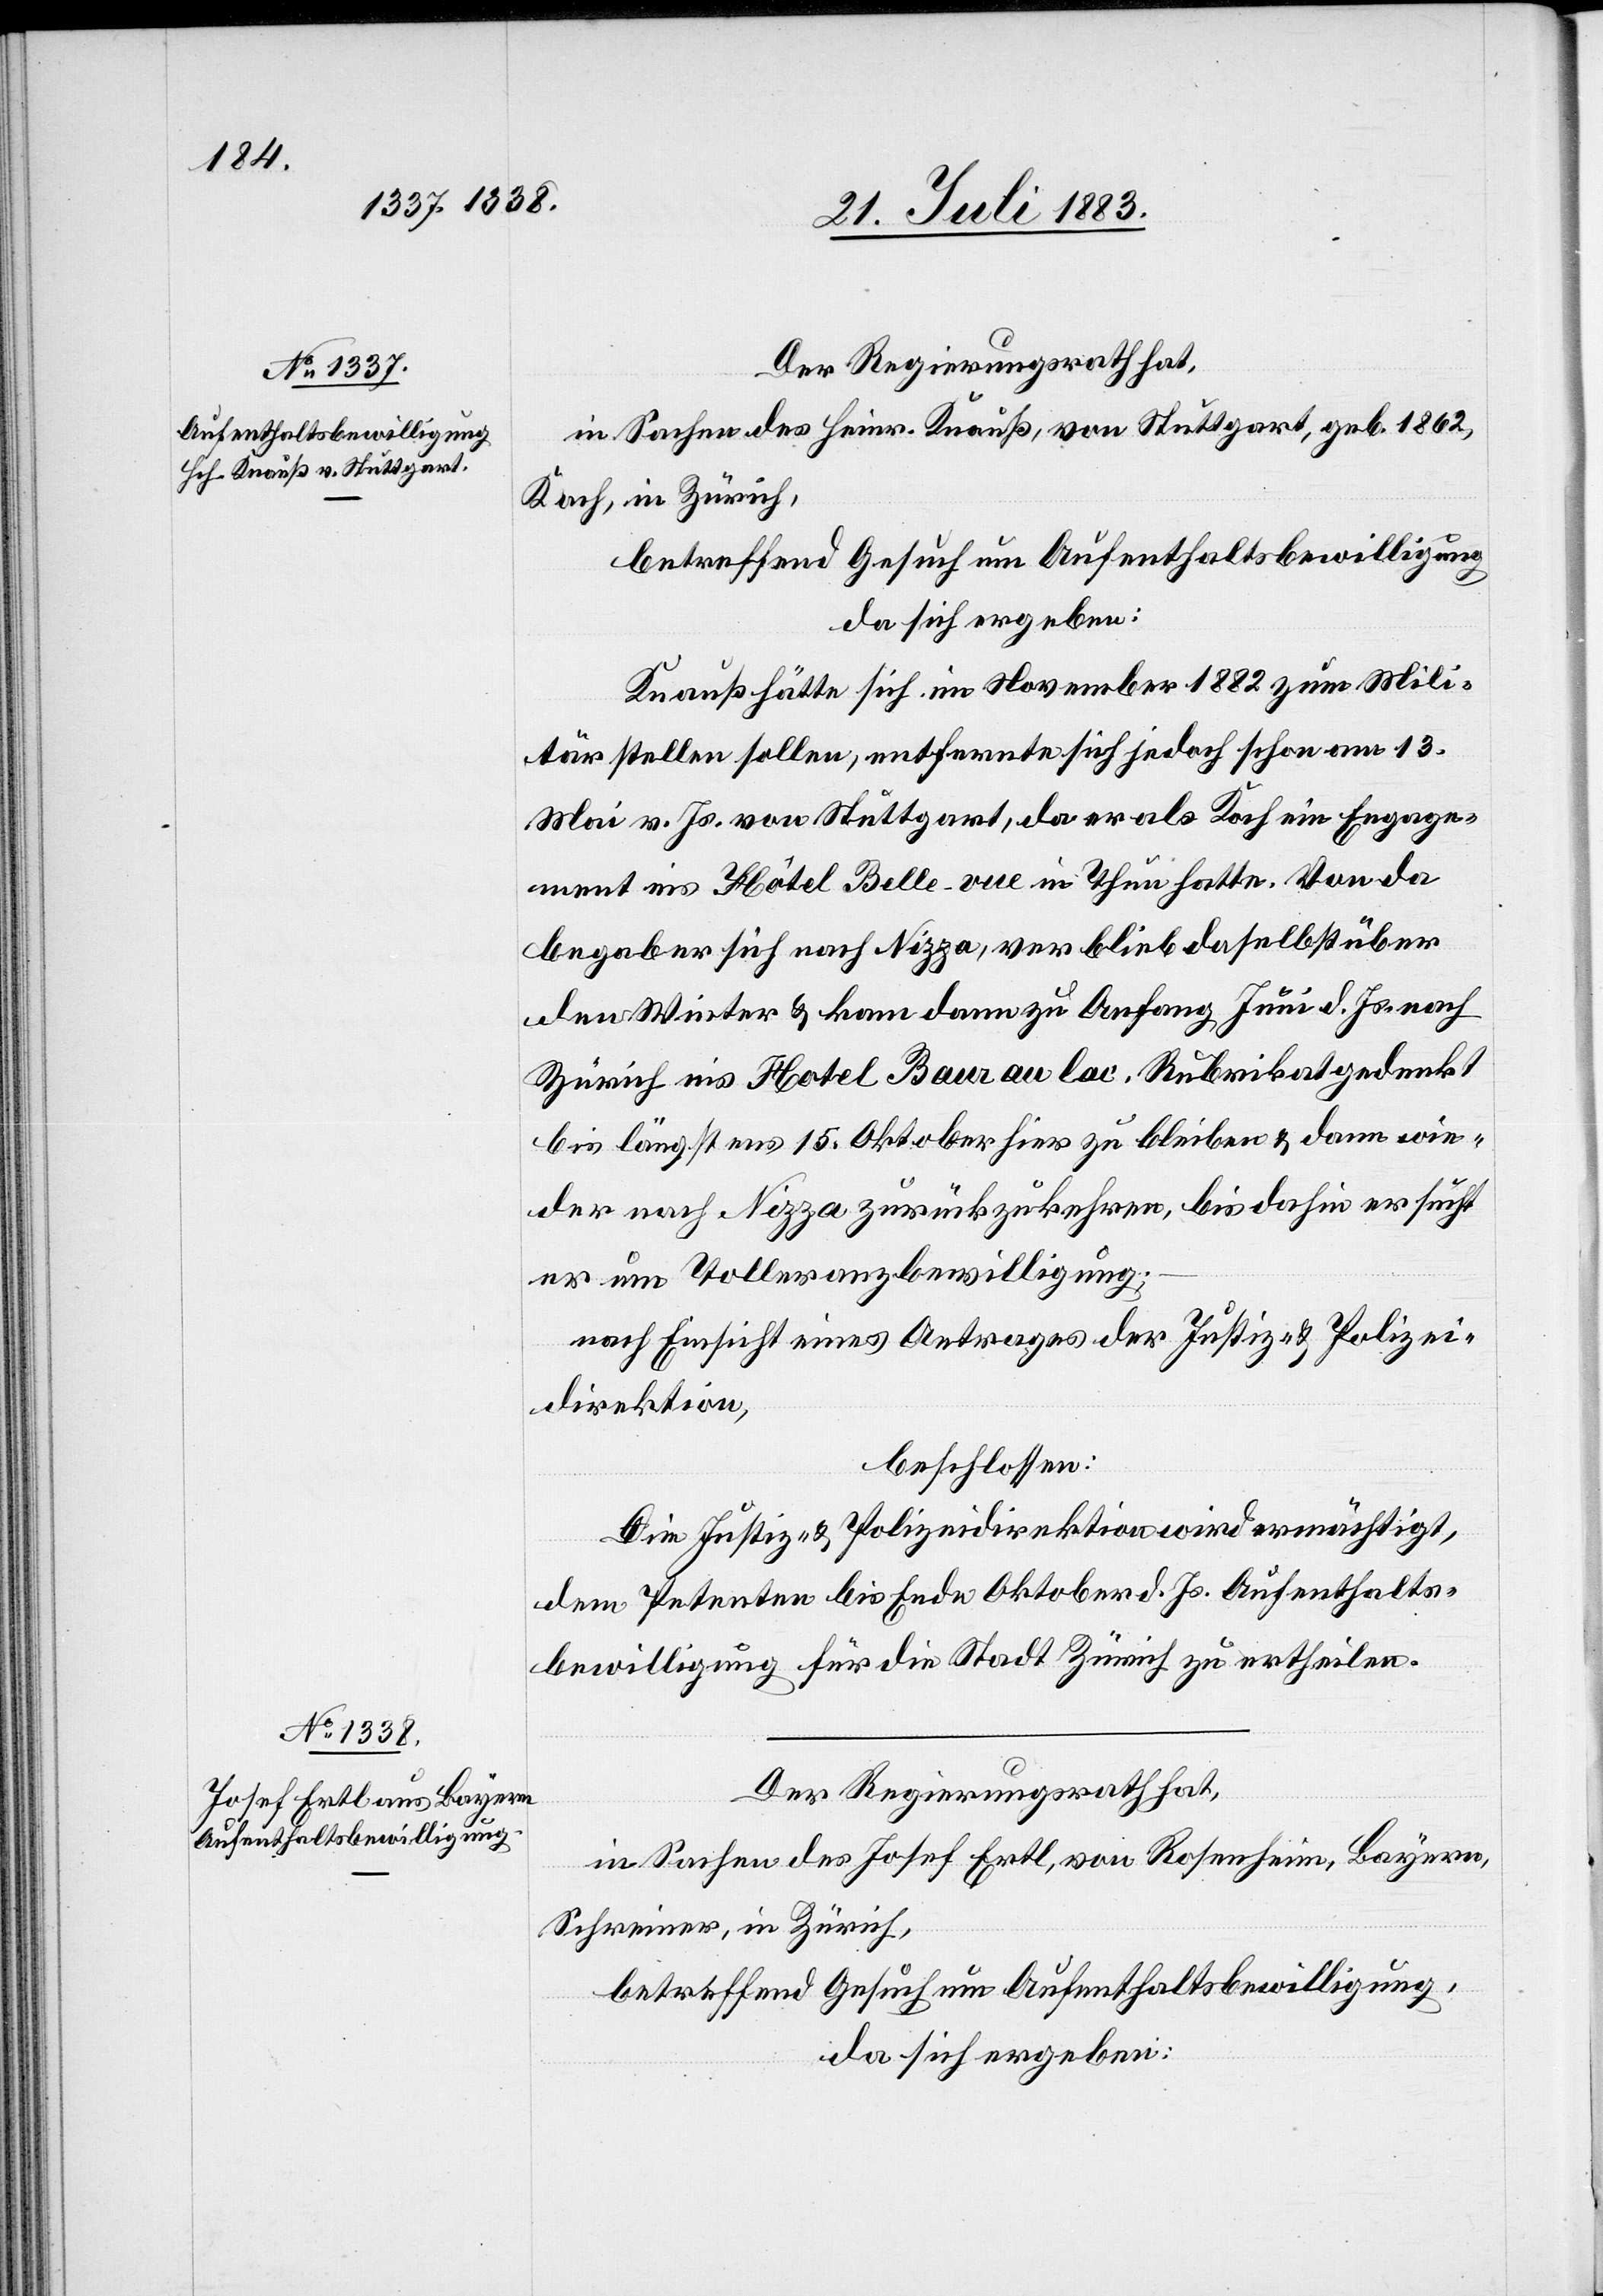
Der Regierungsrath hat,
in Sachen des Heinr. Knauß, von Stuttgart, geb. 1862,
Koch, in Zürich,
betreffend Gesuch um Aufenthaltsbewilligung,
da sich ergeben:
Knauß hätte sich im November 1882 zum Mili¬
tär stellen sollen, entfernte sich jedoch schon am 13.
Mai v. Js. von Stuttgart, da er als Koch ein Engage¬
ment ins Hôtel Belle-vue in Thun hatte. Von da
begab er sich nach Nizza, verblieb daselbst über
den Winter & kam dann zu Anfang Juni d. Js. nach
Zürich ins Hotel Baur au lac. Rubrikat gedenkt
bis längstens 15. Oktober hier zu bleiben & dann wie¬
der nach Nizza zurückzukehren, bis dahin ersucht
er um Tolleranzbewilligung;
nach Einsicht eines Antrages der Justiz- & Polizei¬
direktion,
beschlossen:
Die Justiz- & Polizeidirektion wird ermächtigt,
dem Petenten bis Ende Oktober d. Js. Aufenthalts¬
bewilligung für die Stadt Zürich zu ertheilen.
Der Regierungsrath hat,
in Sachen des Josef Ertl, von Rosenheim, Bayern,
Schreiner, in Zürich,
betreffend Gesuch um Aufenthaltsbewilligung,
da sich ergeben: